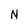
Character: N